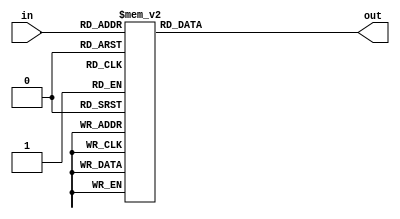
// Copyright 2007 Altera Corporation. All rights reserved.  
// Altera products are protected under numerous U.S. and foreign patents, 
// maskwork rights, copyrights and other intellectual property laws.  
//
// This reference design file, and your use thereof, is subject to and governed
// by the terms and conditions of the applicable Altera Reference Design 
// License Agreement (either as signed by you or found at www.altera.com).  By
// using this reference design file, you indicate your acceptance of such terms
// and conditions between you and Altera Corporation.  In the event that you do
// not agree with such terms and conditions, you may not use the reference 
// design file and please promptly destroy any copies you have made.
//
// This reference design file is being provided on an "as-is" basis and as an 
// accommodation and therefore all warranties, representations or guarantees of 
// any kind (whether express, implied or statutory) including, without 
// limitation, warranties of merchantability, non-infringement, or fitness for
// a particular purpose, are specifically disclaimed.  By making this reference
// design file available, Altera expressly does not recommend, suggest or 
// require that this reference design file be used in combination with any 
// other product not provided by Altera.
/////////////////////////////////////////////////////////////////////////////

// baeckler - 1-19-2006

module sbox0 (in,out);
input [5:0] in;
output [3:0] out;

reg [3:0] out;

always @(in) begin
  case (in)
    0 : out = 14;
    1 : out = 0;
    2 : out = 4;
    3 : out = 15;
    4 : out = 13;
    5 : out = 7;
    6 : out = 1;
    7 : out = 4;
    8 : out = 2;
    9 : out = 14;
    10 : out = 15;
    11 : out = 2;
    12 : out = 11;
    13 : out = 13;
    14 : out = 8;
    15 : out = 1;
    16 : out = 3;
    17 : out = 10;
    18 : out = 10;
    19 : out = 6;
    20 : out = 6;
    21 : out = 12;
    22 : out = 12;
    23 : out = 11;
    24 : out = 5;
    25 : out = 9;
    26 : out = 9;
    27 : out = 5;
    28 : out = 0;
    29 : out = 3;
    30 : out = 7;
    31 : out = 8;
    32 : out = 4;
    33 : out = 15;
    34 : out = 1;
    35 : out = 12;
    36 : out = 14;
    37 : out = 8;
    38 : out = 8;
    39 : out = 2;
    40 : out = 13;
    41 : out = 4;
    42 : out = 6;
    43 : out = 9;
    44 : out = 2;
    45 : out = 1;
    46 : out = 11;
    47 : out = 7;
    48 : out = 15;
    49 : out = 5;
    50 : out = 12;
    51 : out = 11;
    52 : out = 9;
    53 : out = 3;
    54 : out = 7;
    55 : out = 14;
    56 : out = 3;
    57 : out = 10;
    58 : out = 10;
    59 : out = 0;
    60 : out = 5;
    61 : out = 6;
    62 : out = 0;
    63 : out = 13;
  endcase
end
endmodule

module sbox1 (in,out);
input [5:0] in;
output [3:0] out;

reg [3:0] out;

always @(in) begin
  case (in)
    0 : out = 15;
    1 : out = 3;
    2 : out = 1;
    3 : out = 13;
    4 : out = 8;
    5 : out = 4;
    6 : out = 14;
    7 : out = 7;
    8 : out = 6;
    9 : out = 15;
    10 : out = 11;
    11 : out = 2;
    12 : out = 3;
    13 : out = 8;
    14 : out = 4;
    15 : out = 14;
    16 : out = 9;
    17 : out = 12;
    18 : out = 7;
    19 : out = 0;
    20 : out = 2;
    21 : out = 1;
    22 : out = 13;
    23 : out = 10;
    24 : out = 12;
    25 : out = 6;
    26 : out = 0;
    27 : out = 9;
    28 : out = 5;
    29 : out = 11;
    30 : out = 10;
    31 : out = 5;
    32 : out = 0;
    33 : out = 13;
    34 : out = 14;
    35 : out = 8;
    36 : out = 7;
    37 : out = 10;
    38 : out = 11;
    39 : out = 1;
    40 : out = 10;
    41 : out = 3;
    42 : out = 4;
    43 : out = 15;
    44 : out = 13;
    45 : out = 4;
    46 : out = 1;
    47 : out = 2;
    48 : out = 5;
    49 : out = 11;
    50 : out = 8;
    51 : out = 6;
    52 : out = 12;
    53 : out = 7;
    54 : out = 6;
    55 : out = 12;
    56 : out = 9;
    57 : out = 0;
    58 : out = 3;
    59 : out = 5;
    60 : out = 2;
    61 : out = 14;
    62 : out = 15;
    63 : out = 9;
  endcase
end
endmodule

module sbox2 (in,out);
input [5:0] in;
output [3:0] out;

reg [3:0] out;

always @(in) begin
  case (in)
    0 : out = 10;
    1 : out = 13;
    2 : out = 0;
    3 : out = 7;
    4 : out = 9;
    5 : out = 0;
    6 : out = 14;
    7 : out = 9;
    8 : out = 6;
    9 : out = 3;
    10 : out = 3;
    11 : out = 4;
    12 : out = 15;
    13 : out = 6;
    14 : out = 5;
    15 : out = 10;
    16 : out = 1;
    17 : out = 2;
    18 : out = 13;
    19 : out = 8;
    20 : out = 12;
    21 : out = 5;
    22 : out = 7;
    23 : out = 14;
    24 : out = 11;
    25 : out = 12;
    26 : out = 4;
    27 : out = 11;
    28 : out = 2;
    29 : out = 15;
    30 : out = 8;
    31 : out = 1;
    32 : out = 13;
    33 : out = 1;
    34 : out = 6;
    35 : out = 10;
    36 : out = 4;
    37 : out = 13;
    38 : out = 9;
    39 : out = 0;
    40 : out = 8;
    41 : out = 6;
    42 : out = 15;
    43 : out = 9;
    44 : out = 3;
    45 : out = 8;
    46 : out = 0;
    47 : out = 7;
    48 : out = 11;
    49 : out = 4;
    50 : out = 1;
    51 : out = 15;
    52 : out = 2;
    53 : out = 14;
    54 : out = 12;
    55 : out = 3;
    56 : out = 5;
    57 : out = 11;
    58 : out = 10;
    59 : out = 5;
    60 : out = 14;
    61 : out = 2;
    62 : out = 7;
    63 : out = 12;
  endcase
end
endmodule

module sbox3 (in,out);
input [5:0] in;
output [3:0] out;

reg [3:0] out;

always @(in) begin
  case (in)
    0 : out = 7;
    1 : out = 13;
    2 : out = 13;
    3 : out = 8;
    4 : out = 14;
    5 : out = 11;
    6 : out = 3;
    7 : out = 5;
    8 : out = 0;
    9 : out = 6;
    10 : out = 6;
    11 : out = 15;
    12 : out = 9;
    13 : out = 0;
    14 : out = 10;
    15 : out = 3;
    16 : out = 1;
    17 : out = 4;
    18 : out = 2;
    19 : out = 7;
    20 : out = 8;
    21 : out = 2;
    22 : out = 5;
    23 : out = 12;
    24 : out = 11;
    25 : out = 1;
    26 : out = 12;
    27 : out = 10;
    28 : out = 4;
    29 : out = 14;
    30 : out = 15;
    31 : out = 9;
    32 : out = 10;
    33 : out = 3;
    34 : out = 6;
    35 : out = 15;
    36 : out = 9;
    37 : out = 0;
    38 : out = 0;
    39 : out = 6;
    40 : out = 12;
    41 : out = 10;
    42 : out = 11;
    43 : out = 1;
    44 : out = 7;
    45 : out = 13;
    46 : out = 13;
    47 : out = 8;
    48 : out = 15;
    49 : out = 9;
    50 : out = 1;
    51 : out = 4;
    52 : out = 3;
    53 : out = 5;
    54 : out = 14;
    55 : out = 11;
    56 : out = 5;
    57 : out = 12;
    58 : out = 2;
    59 : out = 7;
    60 : out = 8;
    61 : out = 2;
    62 : out = 4;
    63 : out = 14;
  endcase
end
endmodule

module sbox4 (in,out);
input [5:0] in;
output [3:0] out;

reg [3:0] out;

always @(in) begin
  case (in)
    0 : out = 2;
    1 : out = 14;
    2 : out = 12;
    3 : out = 11;
    4 : out = 4;
    5 : out = 2;
    6 : out = 1;
    7 : out = 12;
    8 : out = 7;
    9 : out = 4;
    10 : out = 10;
    11 : out = 7;
    12 : out = 11;
    13 : out = 13;
    14 : out = 6;
    15 : out = 1;
    16 : out = 8;
    17 : out = 5;
    18 : out = 5;
    19 : out = 0;
    20 : out = 3;
    21 : out = 15;
    22 : out = 15;
    23 : out = 10;
    24 : out = 13;
    25 : out = 3;
    26 : out = 0;
    27 : out = 9;
    28 : out = 14;
    29 : out = 8;
    30 : out = 9;
    31 : out = 6;
    32 : out = 4;
    33 : out = 11;
    34 : out = 2;
    35 : out = 8;
    36 : out = 1;
    37 : out = 12;
    38 : out = 11;
    39 : out = 7;
    40 : out = 10;
    41 : out = 1;
    42 : out = 13;
    43 : out = 14;
    44 : out = 7;
    45 : out = 2;
    46 : out = 8;
    47 : out = 13;
    48 : out = 15;
    49 : out = 6;
    50 : out = 9;
    51 : out = 15;
    52 : out = 12;
    53 : out = 0;
    54 : out = 5;
    55 : out = 9;
    56 : out = 6;
    57 : out = 10;
    58 : out = 3;
    59 : out = 4;
    60 : out = 0;
    61 : out = 5;
    62 : out = 14;
    63 : out = 3;
  endcase
end
endmodule

module sbox5 (in,out);
input [5:0] in;
output [3:0] out;

reg [3:0] out;

always @(in) begin
  case (in)
    0 : out = 12;
    1 : out = 10;
    2 : out = 1;
    3 : out = 15;
    4 : out = 10;
    5 : out = 4;
    6 : out = 15;
    7 : out = 2;
    8 : out = 9;
    9 : out = 7;
    10 : out = 2;
    11 : out = 12;
    12 : out = 6;
    13 : out = 9;
    14 : out = 8;
    15 : out = 5;
    16 : out = 0;
    17 : out = 6;
    18 : out = 13;
    19 : out = 1;
    20 : out = 3;
    21 : out = 13;
    22 : out = 4;
    23 : out = 14;
    24 : out = 14;
    25 : out = 0;
    26 : out = 7;
    27 : out = 11;
    28 : out = 5;
    29 : out = 3;
    30 : out = 11;
    31 : out = 8;
    32 : out = 9;
    33 : out = 4;
    34 : out = 14;
    35 : out = 3;
    36 : out = 15;
    37 : out = 2;
    38 : out = 5;
    39 : out = 12;
    40 : out = 2;
    41 : out = 9;
    42 : out = 8;
    43 : out = 5;
    44 : out = 12;
    45 : out = 15;
    46 : out = 3;
    47 : out = 10;
    48 : out = 7;
    49 : out = 11;
    50 : out = 0;
    51 : out = 14;
    52 : out = 4;
    53 : out = 1;
    54 : out = 10;
    55 : out = 7;
    56 : out = 1;
    57 : out = 6;
    58 : out = 13;
    59 : out = 0;
    60 : out = 11;
    61 : out = 8;
    62 : out = 6;
    63 : out = 13;
  endcase
end
endmodule

module sbox6 (in,out);
input [5:0] in;
output [3:0] out;

reg [3:0] out;

always @(in) begin
  case (in)
    0 : out = 4;
    1 : out = 13;
    2 : out = 11;
    3 : out = 0;
    4 : out = 2;
    5 : out = 11;
    6 : out = 14;
    7 : out = 7;
    8 : out = 15;
    9 : out = 4;
    10 : out = 0;
    11 : out = 9;
    12 : out = 8;
    13 : out = 1;
    14 : out = 13;
    15 : out = 10;
    16 : out = 3;
    17 : out = 14;
    18 : out = 12;
    19 : out = 3;
    20 : out = 9;
    21 : out = 5;
    22 : out = 7;
    23 : out = 12;
    24 : out = 5;
    25 : out = 2;
    26 : out = 10;
    27 : out = 15;
    28 : out = 6;
    29 : out = 8;
    30 : out = 1;
    31 : out = 6;
    32 : out = 1;
    33 : out = 6;
    34 : out = 4;
    35 : out = 11;
    36 : out = 11;
    37 : out = 13;
    38 : out = 13;
    39 : out = 8;
    40 : out = 12;
    41 : out = 1;
    42 : out = 3;
    43 : out = 4;
    44 : out = 7;
    45 : out = 10;
    46 : out = 14;
    47 : out = 7;
    48 : out = 10;
    49 : out = 9;
    50 : out = 15;
    51 : out = 5;
    52 : out = 6;
    53 : out = 0;
    54 : out = 8;
    55 : out = 15;
    56 : out = 0;
    57 : out = 14;
    58 : out = 5;
    59 : out = 2;
    60 : out = 9;
    61 : out = 3;
    62 : out = 2;
    63 : out = 12;
  endcase
end
endmodule

module sbox7 (in,out);
input [5:0] in;
output [3:0] out;

reg [3:0] out;

always @(in) begin
  case (in)
    0 : out = 13;
    1 : out = 1;
    2 : out = 2;
    3 : out = 15;
    4 : out = 8;
    5 : out = 13;
    6 : out = 4;
    7 : out = 8;
    8 : out = 6;
    9 : out = 10;
    10 : out = 15;
    11 : out = 3;
    12 : out = 11;
    13 : out = 7;
    14 : out = 1;
    15 : out = 4;
    16 : out = 10;
    17 : out = 12;
    18 : out = 9;
    19 : out = 5;
    20 : out = 3;
    21 : out = 6;
    22 : out = 14;
    23 : out = 11;
    24 : out = 5;
    25 : out = 0;
    26 : out = 0;
    27 : out = 14;
    28 : out = 12;
    29 : out = 9;
    30 : out = 7;
    31 : out = 2;
    32 : out = 7;
    33 : out = 2;
    34 : out = 11;
    35 : out = 1;
    36 : out = 4;
    37 : out = 14;
    38 : out = 1;
    39 : out = 7;
    40 : out = 9;
    41 : out = 4;
    42 : out = 12;
    43 : out = 10;
    44 : out = 14;
    45 : out = 8;
    46 : out = 2;
    47 : out = 13;
    48 : out = 0;
    49 : out = 15;
    50 : out = 6;
    51 : out = 12;
    52 : out = 10;
    53 : out = 9;
    54 : out = 13;
    55 : out = 0;
    56 : out = 15;
    57 : out = 3;
    58 : out = 3;
    59 : out = 5;
    60 : out = 5;
    61 : out = 6;
    62 : out = 8;
    63 : out = 11;
  endcase
end
endmodule

module sboxes (in,out);
input [47:0] in;
output [31:0] out;

wire [31:0] out;

sbox7 s0 (.in(in[5:0]),.out(out[3:0]));
sbox6 s1 (.in(in[11:6]),.out(out[7:4]));
sbox5 s2 (.in(in[17:12]),.out(out[11:8]));
sbox4 s3 (.in(in[23:18]),.out(out[15:12]));
sbox3 s4 (.in(in[29:24]),.out(out[19:16]));
sbox2 s5 (.in(in[35:30]),.out(out[23:20]));
sbox1 s6 (.in(in[41:36]),.out(out[27:24]));
sbox0 s7 (.in(in[47:42]),.out(out[31:28]));
endmodule